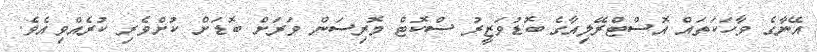
އޭނާގެ ވާހަކަތައް އޮސްޓްރޭލިއާގެ ބޮޑުވަޒީރު ސްކޮޓް މޮރިސަން ވަރަށް ބޮޑަށް ކުށްވެރި ކުރެއްވިއެވެ.